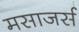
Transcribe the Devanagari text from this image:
मसाजर्स